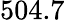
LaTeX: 504.7